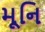
મૂનિ